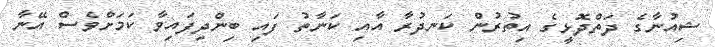
ޝިއުނާގެ ދަތްދޮޅީގެ އިތުރުން ކަނދުރާ އާއި ކަނާތު ފައި ބިންދިފައިވާ ކަމަށްވެސް އޭނާ